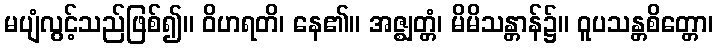
မပျံလွင့်သည်ဖြစ်၍။ ဝိဟရတိ၊ နေ၏။ အဇ္ဈတ္တံ၊ မိမိသန္တာန်၌။ ဝူပသန္တစိတ္တော၊